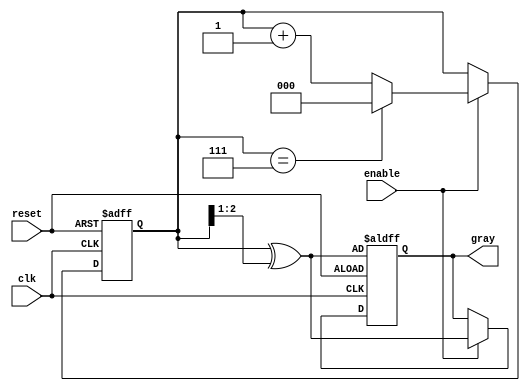
module gray_code_counter (
    input wire clk,          // Clock input
    input wire reset,        // Asynchronous reset
    input wire enable,       // Enable signal
    output reg [2:0] gray    // 3-bit Gray Code output
);

    reg [2:0] binary_count;  // 3-bit binary counter

    // Binary to Gray Code conversion
    function [2:0] binary_to_gray;
        input [2:0] binary;
        begin
            binary_to_gray = binary ^ (binary >> 1);
        end
    endfunction

    // Asynchronous reset and counting logic
    always @(posedge clk or posedge reset) begin
        if (reset) begin
            binary_count <= 3'b000; // Initialize binary count to 0
            gray <= binary_to_gray(binary_count); // Initialize Gray Code
        end else if (enable) begin
            // Increment binary count
            binary_count <= binary_count + 1;

            // Wrap around if binary count exceeds 7 (for 3 bits)
            if (binary_count == 3'b111) begin
                binary_count <= 3'b000; // Wrap around
            end

            // Update Gray Code output
            gray <= binary_to_gray(binary_count);
        end
    end

endmodule